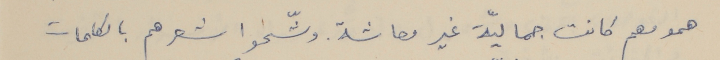
همومهم كانت جماليّة غير معاشة. وشّحوا شعرهم بالكلمات